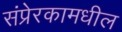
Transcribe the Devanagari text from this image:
संप्रेरकामधील